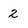
Character: 2